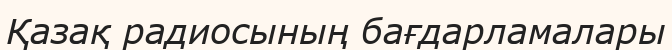
Қазақ радиосының бағдарламалары